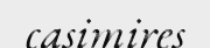
casimires